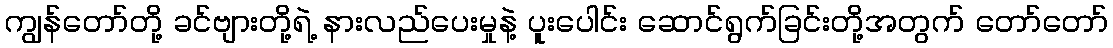
ကျွန်တော်တို့ ခင်ဗျားတို့ရဲ့ နားလည်ပေးမှုနဲ့ ပူးပေါင်း ဆောင်ရွက်ခြင်းတို့အတွက် တော်တော်